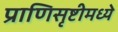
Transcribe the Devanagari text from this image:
प्राणिसृष्टीमध्ये